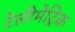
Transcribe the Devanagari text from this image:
टेलीमेट्रिक